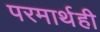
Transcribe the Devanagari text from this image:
परमार्थही